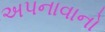
અપનાવાનો